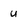
Character: u